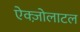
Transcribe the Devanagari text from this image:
ऐक्ज़ोलाटल